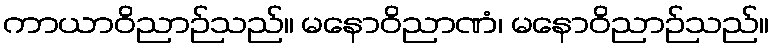
ကာယာဝိညာဉ်သည်။ မနောဝိညာဏံ၊ မနောဝိညာဉ်သည်။